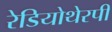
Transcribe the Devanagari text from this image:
रेडियोथेरपी